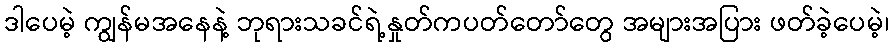
ဒါပေမဲ့ ကျွန်မအနေနဲ့ ဘုရားသခင်ရဲ့နှုတ်ကပတ်တော်တွေ အများအပြား ဖတ်ခဲ့ပေမဲ့၊